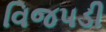
વિજપડી